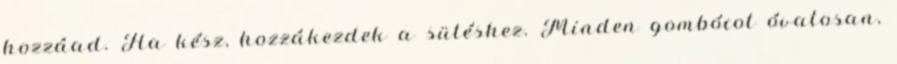
hozzáad. Ha kész, hozzákezdek a sütéshez. Minden gombócot óvatosan,